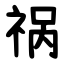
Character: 祸